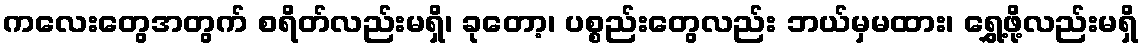
ကလေးတွေအတွက် စရိတ်လည်းမရှိ၊ ခုတော့၊ ပစ္စည်းတွေလည်း ဘယ်မှမထား၊ ရွှေ့ဖို့လည်းမရှိ